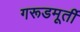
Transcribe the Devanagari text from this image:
गरूडमूर्ती